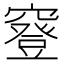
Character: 䆸